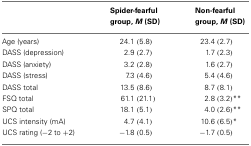
<table><thead><tr><td></td><td><b>Spider-fearful group, <i>M</i> (SD)</b></td><td><b>Non-fearful group, <i>M</i> (SD)</b></td></tr></thead><tbody><tr><td>Age (years)</td><td>24.1 (5.8)</td><td>23.4 (2.7)</td></tr><tr><td>DASS (depression)</td><td>2.9 (2.7)</td><td>1.7 (2.3)</td></tr><tr><td>DASS (anxiety)</td><td>3.2 (2.8)</td><td>1.6 (2.7)</td></tr><tr><td>DASS (stress)</td><td>7.3 (4.6)</td><td>5.4 (4.6)</td></tr><tr><td>DASS total</td><td>13.5 (8.6)</td><td>8.7 (8.1)</td></tr><tr><td>FSQ total</td><td>61.1 (21.1)</td><td>2.8 (3.2)**</td></tr><tr><td>SPQ total</td><td>18.1 (5.1)</td><td>4.0 (2.6)**</td></tr><tr><td>UCS intensity (mA)</td><td>4.7 (4.1)</td><td>10.6 (6.5)*</td></tr><tr><td>UCS rating (−2 to +2)</td><td>−1.8 (0.5)</td><td>−1.7 (0.5)</td></tr></tbody></table>